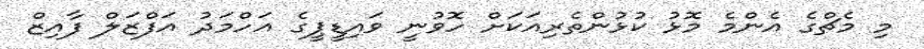
މި މެޗްގެ އެންމެ މޮޅު ކުޅުންތެރިއަކަށް ހޮވުނީ ވައިޑީޕީގެ އަހްމަދު އަފްޒަލް ފާއިޒް